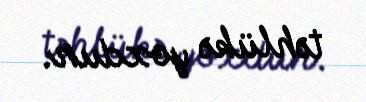
təhlükə yoxdur.